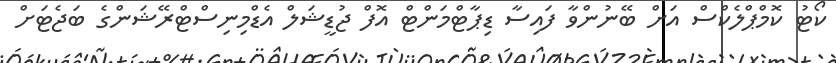
ކޯޓު ކޮމްޕްލެކްސް އަށް ބޭނުންވާ ފައިސާ ޑިޕާޓްމަންޓް އޮފް ޖުޑީޝަލް އެޑްމިނިސްޓްރޭޝަންގެ ބަޖެޓަށް